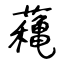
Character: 蘒